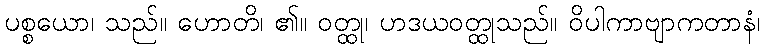
ပစ္စယော၊ သည်။ ဟောတိ၊ ၏။ ဝတ္ထု၊ ဟဒယဝတ္ထုသည်။ ဝိပါကာဗျာကတာနံ၊